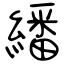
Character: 繙